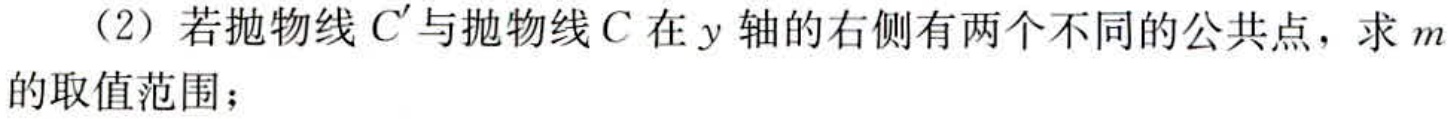
（2）若抛物线\(C'\)与抛物线\(C\)在\(y\)轴的右侧有两个不同的公共点，求\(m\)的取值范围；